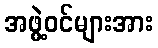
အဖွဲ့ဝင်များအား